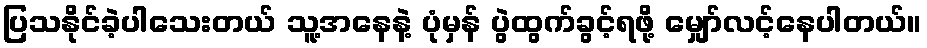
ပြသနိုင်ခဲ့ပါသေးတယ် သူ့အနေနဲ့ ပုံမှန် ပွဲထွက်ခွင့်ရဖို့ မျှော်လင့်နေပါတယ်။